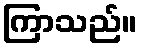
ကြာသည်။